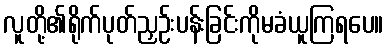
လူတို့၏ရိုက်ပုတ်ညှဉ်းပန်းခြင်းကိုမခံယူကြရပေ။